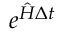
e ^ { \hat { H } \Delta t }